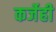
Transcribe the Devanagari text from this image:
कर्जेही